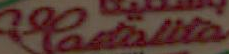
Castalita